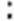
: